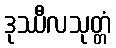
ဒုဿီလသုတ္တံ